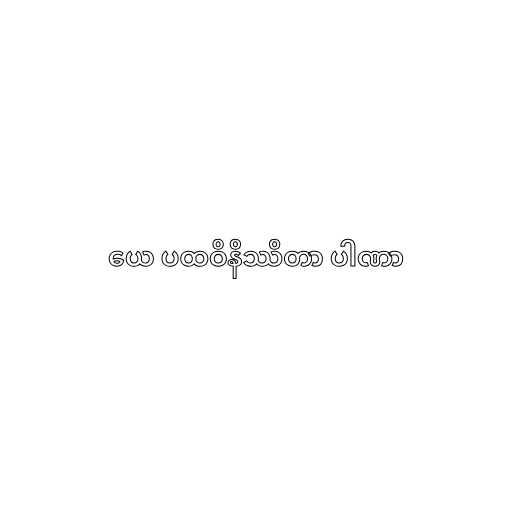
ယေ ပထဝိနိဿိတာ ပါဏာ